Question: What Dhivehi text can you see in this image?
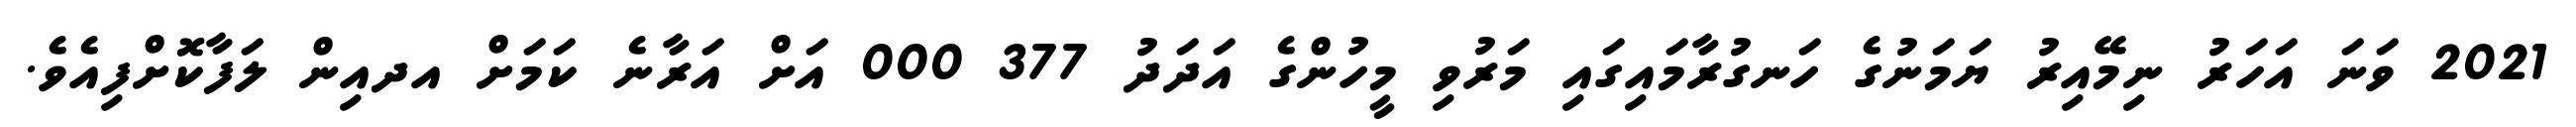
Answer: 2021 ވަނަ އަހަރު ނިމޭއިރު ޔަމަނުގެ ހަނގުރާމައިގައި މަރުވި މީހުންގެ އަދަދު 377 000 އަށް އަރާނެ ކަމަށް އދއިން ލަފާކޮށްފިއެވެ.